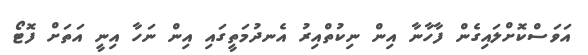
އަވަސްކޮށްލައިގެން ފާހާނާ އިން ނިކުތްއިރު އެނދުމަތީގައި އިން ނަހާ އިނީ އަތަށް ފޮޓޯ